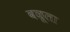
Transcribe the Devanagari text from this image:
वळूला